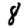
Digit: 8